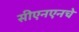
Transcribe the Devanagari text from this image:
सीएनएनचे